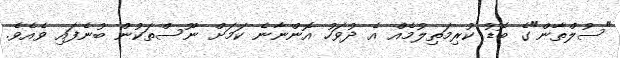
"ސުލްތާން"ގެ ބޮޑު ކުރިމަތިލުމެއް އެ ދުވަހު އޮންނާނެ ކަމަށް ނޫސްތަކުން ބުނެފައި ވެއެވެ.